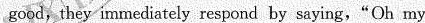
good,they immediately respond by saying,“Oh my